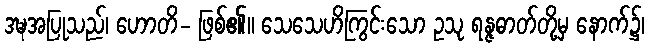
ဒဍ္ဎအပြုသည်၊ ဟောတိ- ဖြစ်၏။ သေသေဟိကြွင်းသော ဥသု ရန္ဇဓာတ်တို့မှ နောက်၌၊